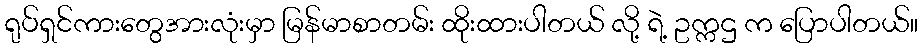
ရုပ်ရှင်ကားတွေအားလုံးမှာ မြန်မာစာတမ်း ထိုးထားပါတယ် လို့ ရဲ့ ဥက္ကဌ က ပြောပါတယ်။